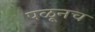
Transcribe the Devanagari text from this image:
पळूनच